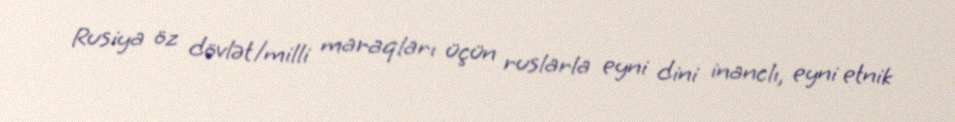
Rusiya öz dövlət/milli maraqları üçün ruslarla eyni dini inanclı, eyni etnik